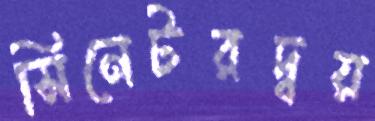
সিনেটরদ্বয়